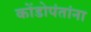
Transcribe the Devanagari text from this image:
कोंडोपंतांना